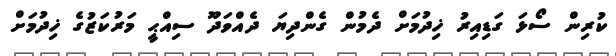
ކުރިން ސޯޅަ ގަޑިއިރު ޚިދުމަށް ދެމުން ގެންދިޔަ ދެއްވަދޫ ސިއްޙީ މަރުކަޒުގެ ޚިދުމަށް